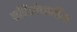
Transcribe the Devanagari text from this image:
प्रतिरोपणीय